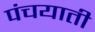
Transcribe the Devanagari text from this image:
पंचयाती